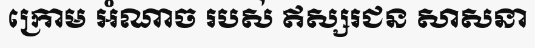
ក្រោម អំណាច របស់ ឥស្សរជន សាសនា